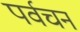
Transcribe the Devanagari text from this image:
पर्वचन